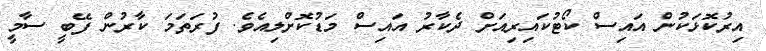
އިރުކޮޅަކުން އައިސް ކޯޓުކައިރިއަށް ދެކާރު އައިސް މަޑުކޮށްލިއެވެ. ފުރަތަމަ ކާރުން ފޭބީ ސާމީ